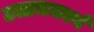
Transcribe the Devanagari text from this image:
उत्तमकार्य